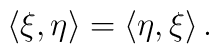
\langle\xi , \eta \rangle = \langle \eta ,\xi \rangle\,.